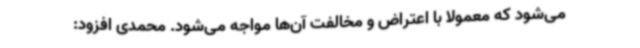
می‌شود که معمولاً با اعتراض و مخالفت آن‌ها مواجه می‌شود. محمدی افزود: